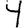
Digit: 4